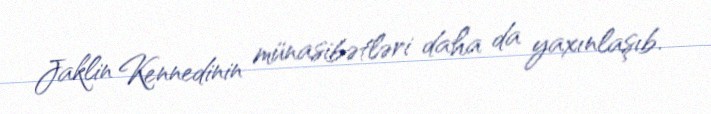
Jaklin Kennedinin münasibətləri daha da yaxınlaşıb.